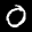
Label: 0